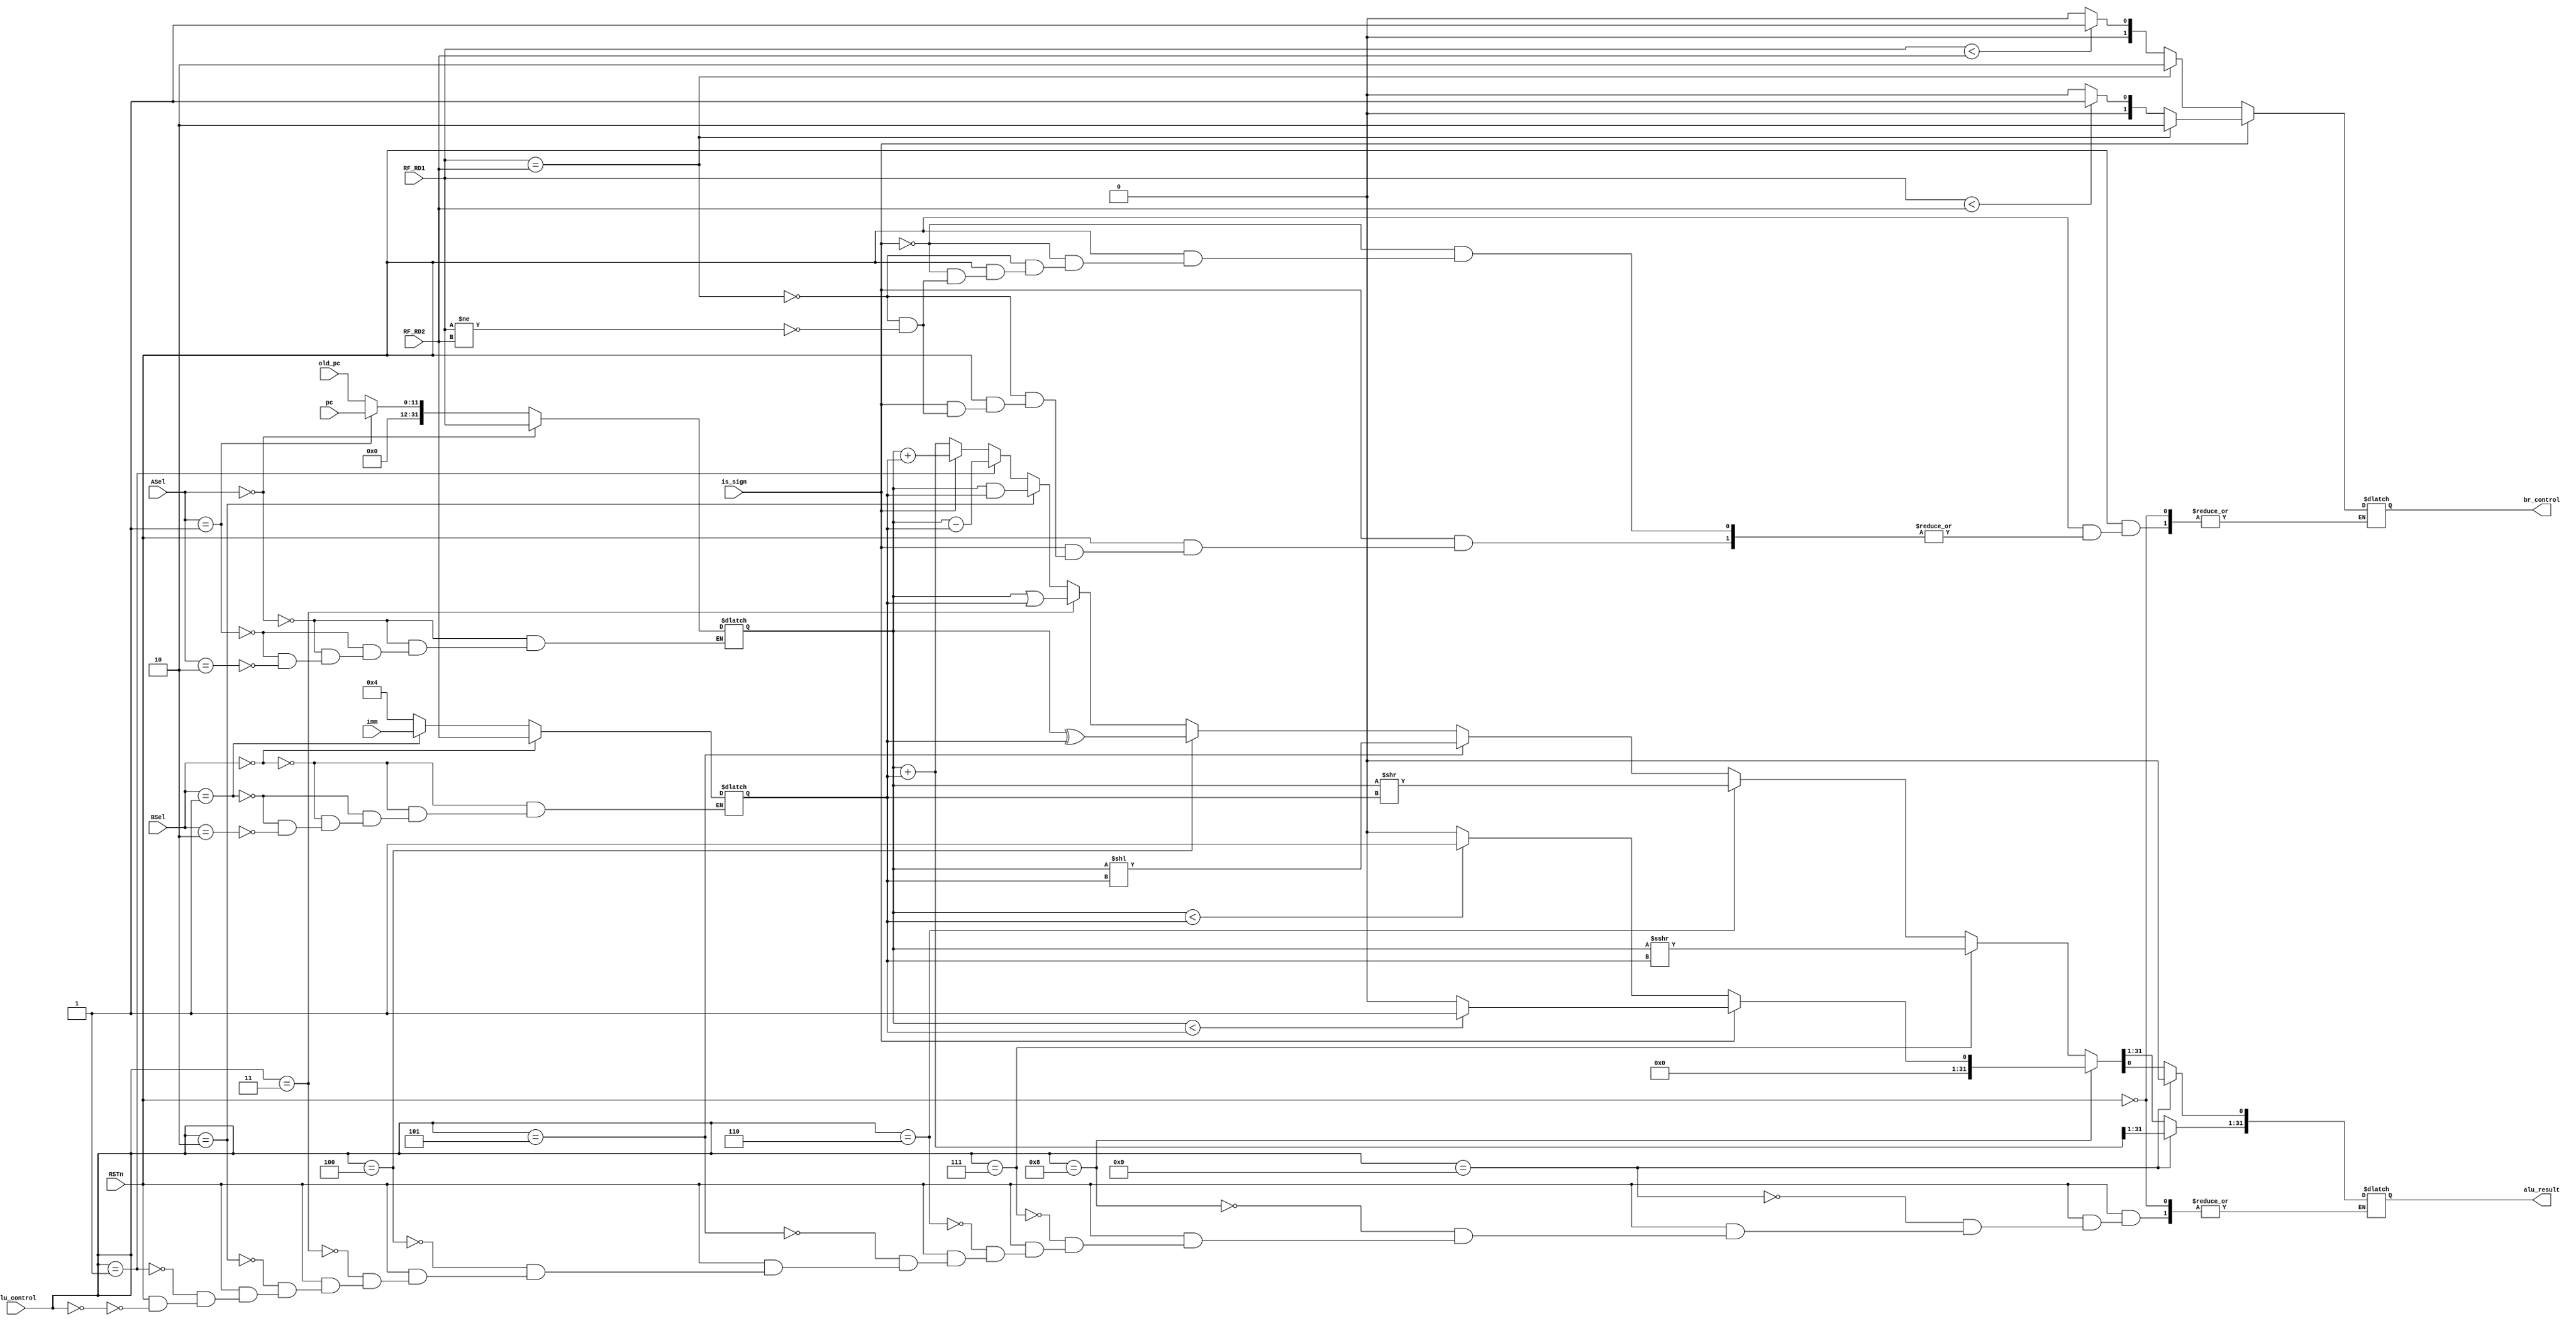
module AluUnit(
    input wire RSTn,
    input wire [1:0] ASel,
    input wire [1:0] BSel,
    input wire is_sign,
    input wire [4:0] alu_control,
    input wire [31:0] RF_RD1, // source register 1   
	input wire [31:0] RF_RD2, // source register 2   
    input wire [31:0] imm,
    input wire [11:0] pc,
    input wire [11:0] old_pc,
    output wire [31:0] alu_result,
    output wire [1:0] br_control // BrEq,BrLt
);

wire [31:0] alu_input1;
wire [31:0] alu_input2;

reg [31:0] alu_input1_reg;
reg[31:0] alu_input2_reg;

assign alu_input1 = alu_input1_reg;
assign alu_input2 = alu_input2_reg;

always @(*) begin
    if(ASel == 2'b00) begin
        alu_input1_reg = RF_RD1;
    end
    else if(ASel == 2'b01) begin
        alu_input1_reg = pc;
    end
    else if(ASel == 2'b10) begin
        alu_input1_reg = old_pc;
    end

    if(BSel == 2'b00) begin
        alu_input2_reg = RF_RD2;
    end
    else if(BSel == 2'b01) begin
        alu_input2_reg = imm;
    end
    else if(BSel == 2'b10) begin
        alu_input2_reg = 4;
    end
end

reg [31:0] alu_result_reg;
reg [1:0] br_control_reg;
assign alu_result = alu_result_reg;
assign br_control = br_control_reg;


always@(*) begin
    if(RSTn == 1) begin

        if(is_sign) begin
            if(RF_RD1 == RF_RD2) begin
                br_control_reg = 2'b10;
            end 
            else if(RF_RD1 != RF_RD2) begin
                if($signed(RF_RD1) < $signed(RF_RD2)) begin
                    br_control_reg = 2'b01;
                end
                else begin
                    br_control_reg = 2'b00;
                end
            end
        end
        else begin
            if(RF_RD1 == RF_RD2) begin
                br_control_reg = 2'b10;
            end 
            else if(RF_RD1 != RF_RD2) begin
                if(RF_RD1 < RF_RD2) begin
                    br_control_reg = 2'b01;
                end
                else begin
                    br_control_reg = 2'b00;
                end
            end
        end

       if(alu_control == 4'b0000) begin
       // add
            if(is_sign) begin
                alu_result_reg = $signed(alu_input1) + $signed(alu_input2);
            end
            else begin
                alu_result_reg = alu_input1 + alu_input2;
            end
       end
       
       if(alu_control == 4'b0001) begin
        // subtract
            alu_result_reg = alu_input1 - alu_input2;
       end
       
       if(alu_control == 4'b0010) begin
       // AND
            alu_result_reg = alu_input1 & alu_input2;
       end
       
       if(alu_control == 4'b0011) begin
       // OR
            alu_result_reg = alu_input1 | alu_input2;
       end
       
       if(alu_control == 4'b0100) begin
       // XOR
            alu_result_reg = alu_input1^alu_input2;
       end
       
       if(alu_control == 4'b0101) begin
       // SLL
            alu_result_reg = alu_input1 << alu_input2;
       end
       
       if(alu_control == 4'b0110) begin
       // SRL
            alu_result_reg = alu_input1 >> alu_input2;
       end 

       if(alu_control == 4'b0111) begin
       // SRA
            alu_result_reg = $signed(alu_input1) >>> alu_input2;
       end

       if(alu_control == 4'b1000) begin
        // slt
            if(is_sign) begin
                if($signed(alu_input1) < $signed(alu_input2)) begin
                    alu_result_reg = 1;
                end
                else begin
                    alu_result_reg = 0;
                end
            end
            else begin
                if(alu_input1 < alu_input2) begin
                    alu_result_reg = 1;
                end
                else begin
                    alu_result_reg = 0;
                end            
            end
       end

       if(alu_control == 4'b1001) begin 
        // jalr
            alu_result_reg = (alu_input1 + alu_input2);
            alu_result_reg[0] = 0;
       end
    end
end

endmodule